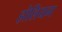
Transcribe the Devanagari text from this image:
होलियम